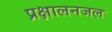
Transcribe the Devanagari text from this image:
प्रक्षालनजल